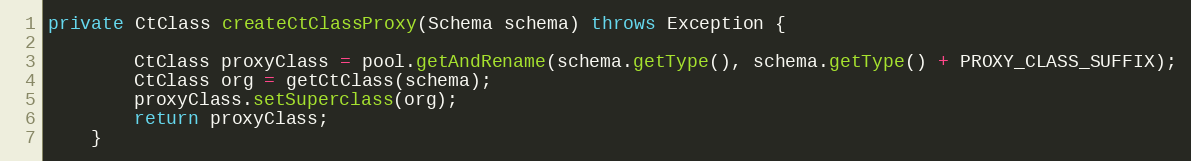
Language: Java
private CtClass createCtClassProxy(Schema schema) throws Exception {

        CtClass proxyClass = pool.getAndRename(schema.getType(), schema.getType() + PROXY_CLASS_SUFFIX);
        CtClass org = getCtClass(schema);
        proxyClass.setSuperclass(org);
        return proxyClass;
    }